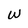
Character: w